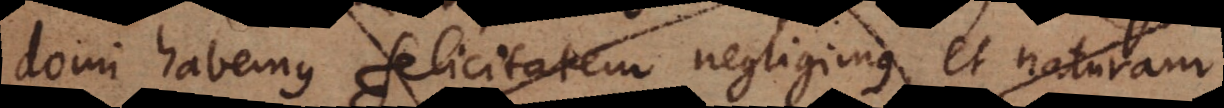
domi habemus felicitatem negligimus, et naturam